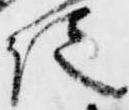
佐